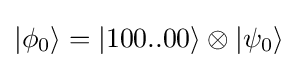
|\phi _{0}\rangle =|100..00\rangle \otimes |\psi _{0}\rangle